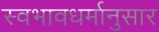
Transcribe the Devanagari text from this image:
स्वभावधर्मानुसार